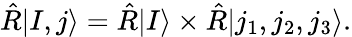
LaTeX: \hat{R}|I,j\rangle=\hat{R}|I\rangle\times\hat{R}|j_{1},j_{2},j_{3}\rangle.